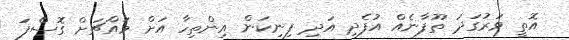
އޮތީ ވަރުގަދަ ތޫފާނެއް އުފެދި އަދި ފިނިކަން އިންތިހާ އަށް މައްޗަށް ގޮސްފަ